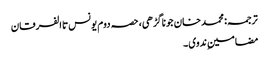
ترجمہ: محمد خان جوناگڑھی، حصہ دوم یونس تا الفرقان
مضامینِ ندوی ۔